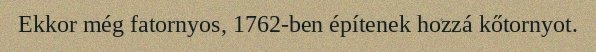
Ekkor még fatornyos, 1762-ben építenek hozzá kőtornyot.